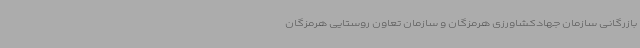
بازرگانی سازمان جهادکشاورزی هرمزگان و سازمان تعاون روستایی هرمزگان